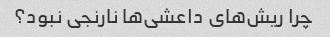
چرا ریش‌های داعشی‌ها نارنجی نبود؟